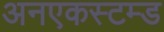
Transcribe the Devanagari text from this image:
अनएकस्टम्ड